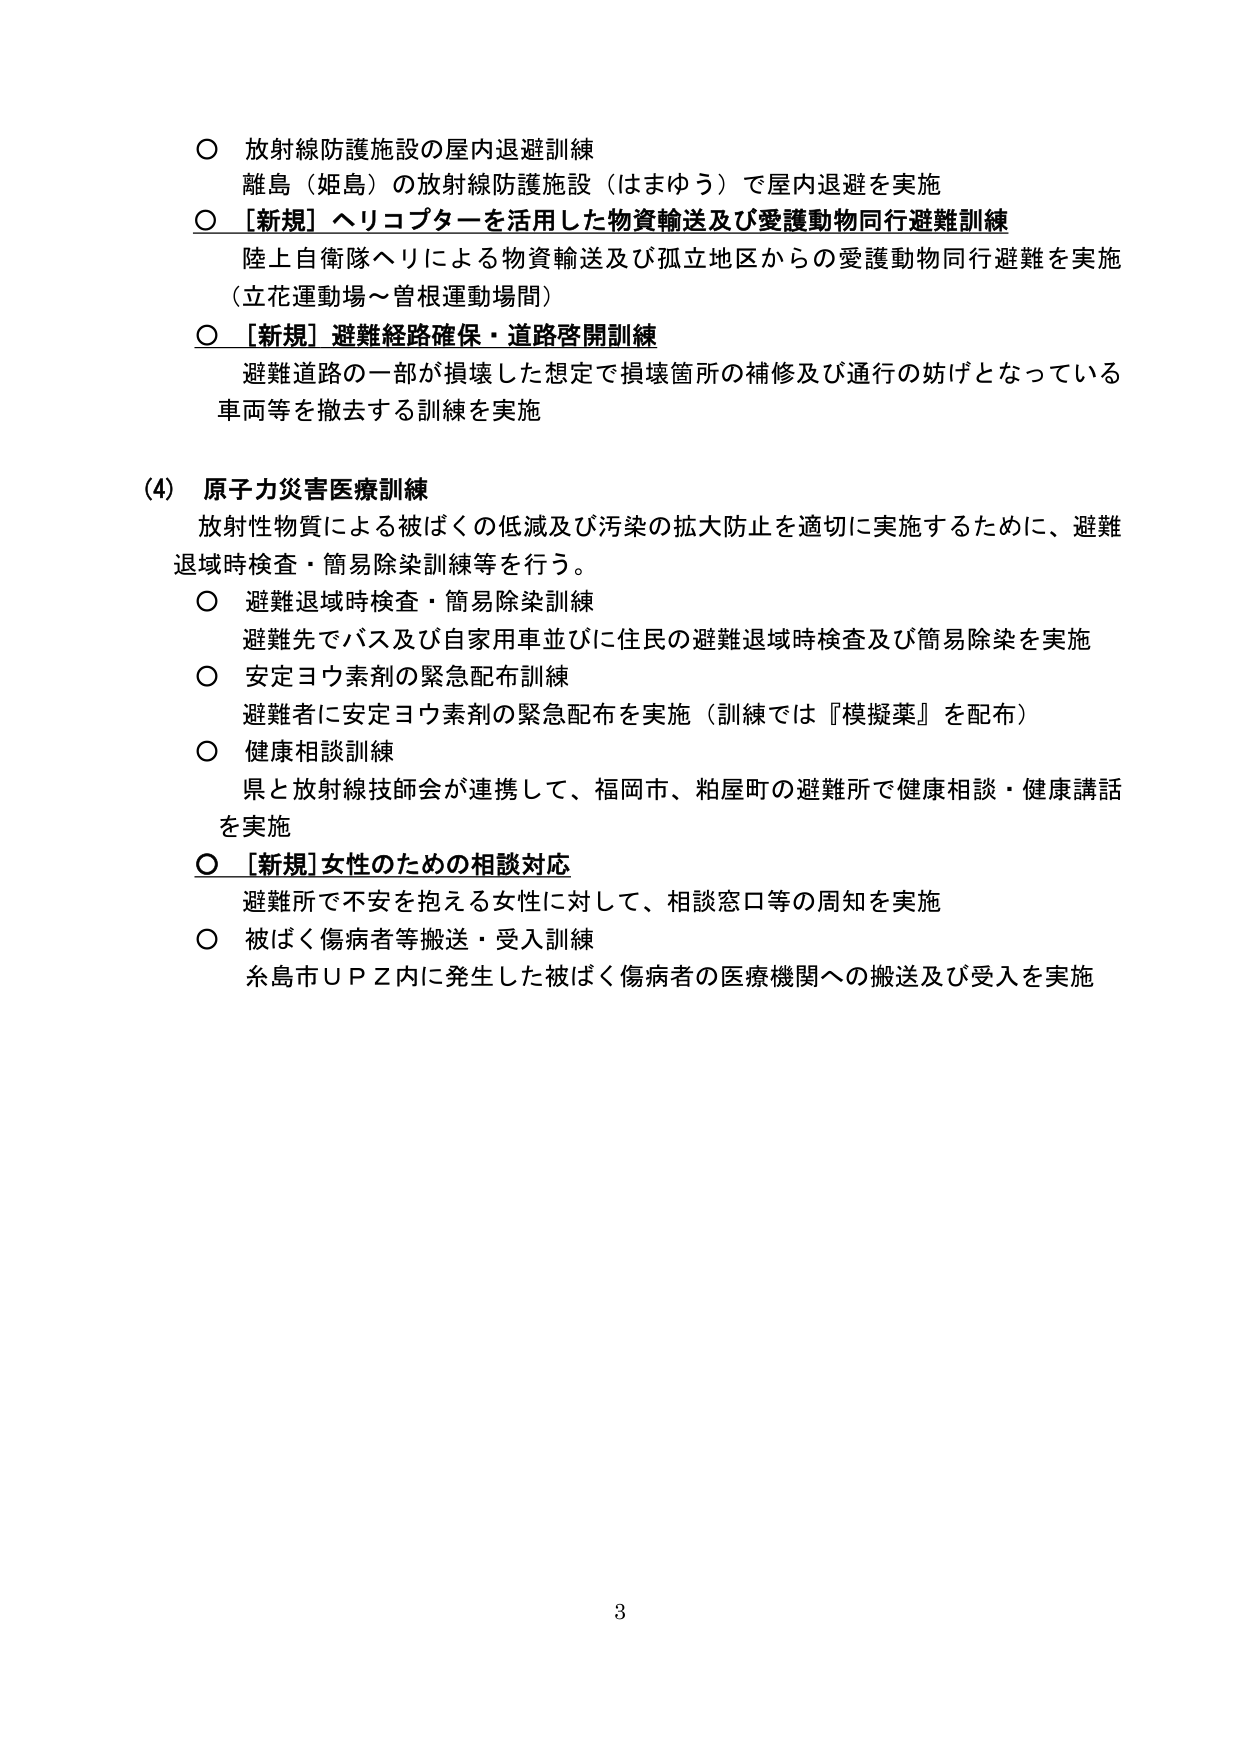
○ 放射線防護施設の屋内退避訓練
離島（姫島）の放射線防護施設（はまゆう）で屋内退避を実施

○ ［新規］ヘリコプターを活用した物資輸送及び愛護動物同行避難訓練
陸上自衛隊ヘリによる物資輸送及び孤立地区からの愛護動物同行避難を実施
（立花運動場～曽根運動場間）

○ ［新規］避難経路確保・道路啓開訓練
避難道路の一部が損壊した想定で損壊箇所の補修及び通行の妨げとなっている
車両等を撤去する訓練を実施

(4) 原子力災害医療訓練
放射性物質による被ばくの低減及び汚染の拡大防止を適切に実施するために、避難
退域時検査・簡易除染訓練等を行う。

○ 避難退域時検査・簡易除染訓練
避難先でバス及び自家用車並びに住民の避難退域時検査及び簡易除染を実施

○ 安定ヨウ素剤の緊急配布訓練
避難者に安定ヨウ素剤の緊急配布を実施（訓練では『模擬薬』を配布）

○ 健康相談訓練
県と放射線技師会が連携して、福岡市、粕屋町の避難所で健康相談・健康講話
を実施

○ ［新規］女性のための相談対応
避難所で不安を抱える女性に対して、相談窓口等の周知を実施

○ 被ばく傷病者等搬送・受入訓練
糸島市ＵＰＺ内に発生した被ばく傷病者の医療機関への搬送及び受入を実施

3